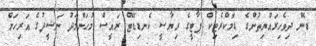
ޑެން ދިވެހިރައްޔިތުންގެ ޑިމޮކްރެޓިކް ޕާޓީގެ ރިޔާސީ ކެނޑިޑޭޓް ރައީސް މުޙަންމަދު ނަޝީދުގެ އަރިހަށް